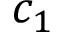
c _ { 1 }